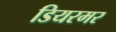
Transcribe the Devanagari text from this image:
डियरमर